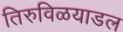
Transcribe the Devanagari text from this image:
तिरुविळयाडल